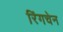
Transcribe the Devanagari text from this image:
रिंगचेन